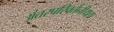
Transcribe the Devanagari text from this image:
अंतरपरिवर्तनीयता